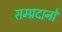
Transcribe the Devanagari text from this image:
सम्प्रदानों